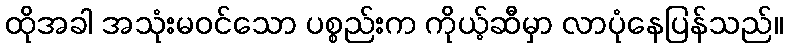
ထိုအခါ အသုံးမဝင်သော ပစ္စည်းက ကိုယ့်ဆီမှာ လာပုံနေပြန်သည်။